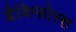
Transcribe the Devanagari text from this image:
ब्रैकिफोरस